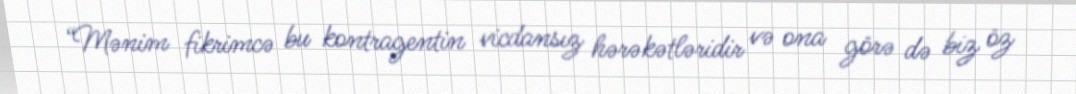
“Mənim fikrimcə bu kontragentin vicdansız hərəkətləridir və ona görə də biz öz